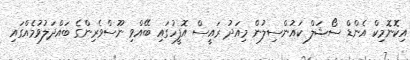
އިކޮނޮމިކް އެންޑް ސޯޝަލް ކައުންސިލުން މިއަދު ރައީސް އޮފީހުގައި ބޭއްވި ނޫސްވެރިންގެ ބައްދަލުވުމެއްގައި